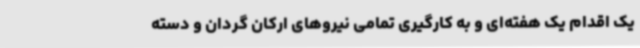
یک اقدام یک هفته‌ای و به کارگیری تمامی نیروهای ارکان گردان و دسته